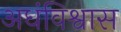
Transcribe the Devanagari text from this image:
अधंविश्वास